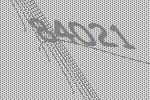
84021